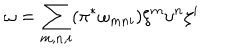
LaTeX: \omega = \sum _ { m , n , i } ( \pi ^ { * } \omega _ { m n i } ) \xi ^ { m } \upsilon ^ { n } \zeta ^ { i }